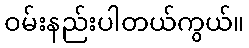
ဝမ်းနည်းပါတယ်ကွယ်။